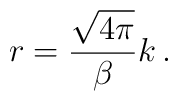
r=\frac{\sqrt{4\pi }}{\beta }k\, .